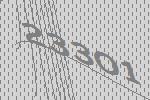
23301